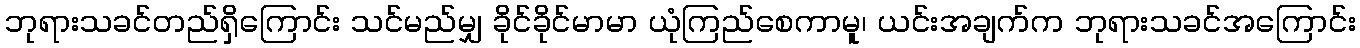
ဘုရားသခင်တည်ရှိကြောင်း သင်မည်မျှ ခိုင်ခိုင်မာမာ ယုံကြည်စေကာမူ၊ ယင်းအချက်က ဘုရားသခင်အကြောင်း